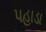
પહાડા